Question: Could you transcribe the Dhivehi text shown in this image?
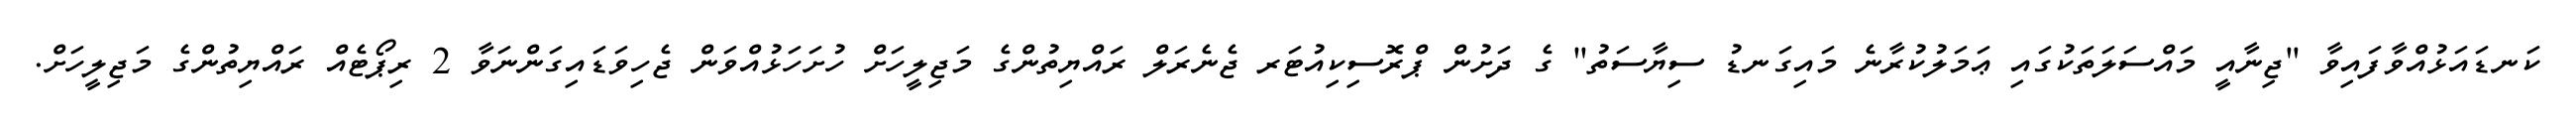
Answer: ކަނޑައަޅުއްވާފައިވާ "ޖިނާއީ މައްސަލަތަކުގައި ޢަމަލުކުރާނެ މައިގަނޑު ސިޔާސަތު" ގެ ދަށުން ޕްރޮސިކިއުޓަރ ޖެނެރަލް ރައްޔިތުންގެ މަޖިލީހަށް ހުށަހަޅުއްވަން ޖެހިވަޑައިގަންނަވާ 2 ރިޕޯޓެއް ރައްޔިތުންގެ މަޖިލީހަށް.